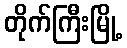
တိုက်ကြီးမြို့